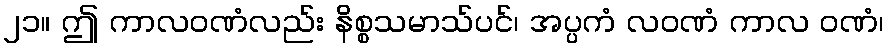
၂၁။ ဤ ကာလဝဏံလည်း နိစ္စသမာသ်ပင်၊ အပ္ပကံ လဝဏံ ကာလ ဝဏံ၊